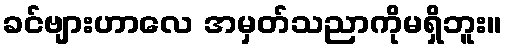
ခင်ဗျားဟာလေ အမှတ်သညာကိုမရှိဘူး။